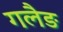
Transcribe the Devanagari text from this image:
गलैङ